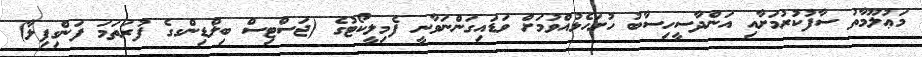
މަޢުލޫމާތު ސާފުކުރުމަށާއި އަންދާސީހިސާބު ހުށަހެޅުއްވުމަށް ވަޑައިގަންނަވާނީ ފެމިލީކޯޓުގެ (ޖަސްޓިސް ބިލްޑިންގގެ ފުރަތަމަ ފަންގިފިލާ)